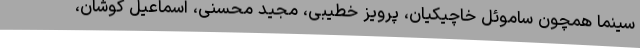
سینما همچون ساموئل خاچیکیان، پرویز خطیبی، مجید محسنی، اسماعیل کوشان،